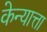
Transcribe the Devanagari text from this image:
केन्यात्ता